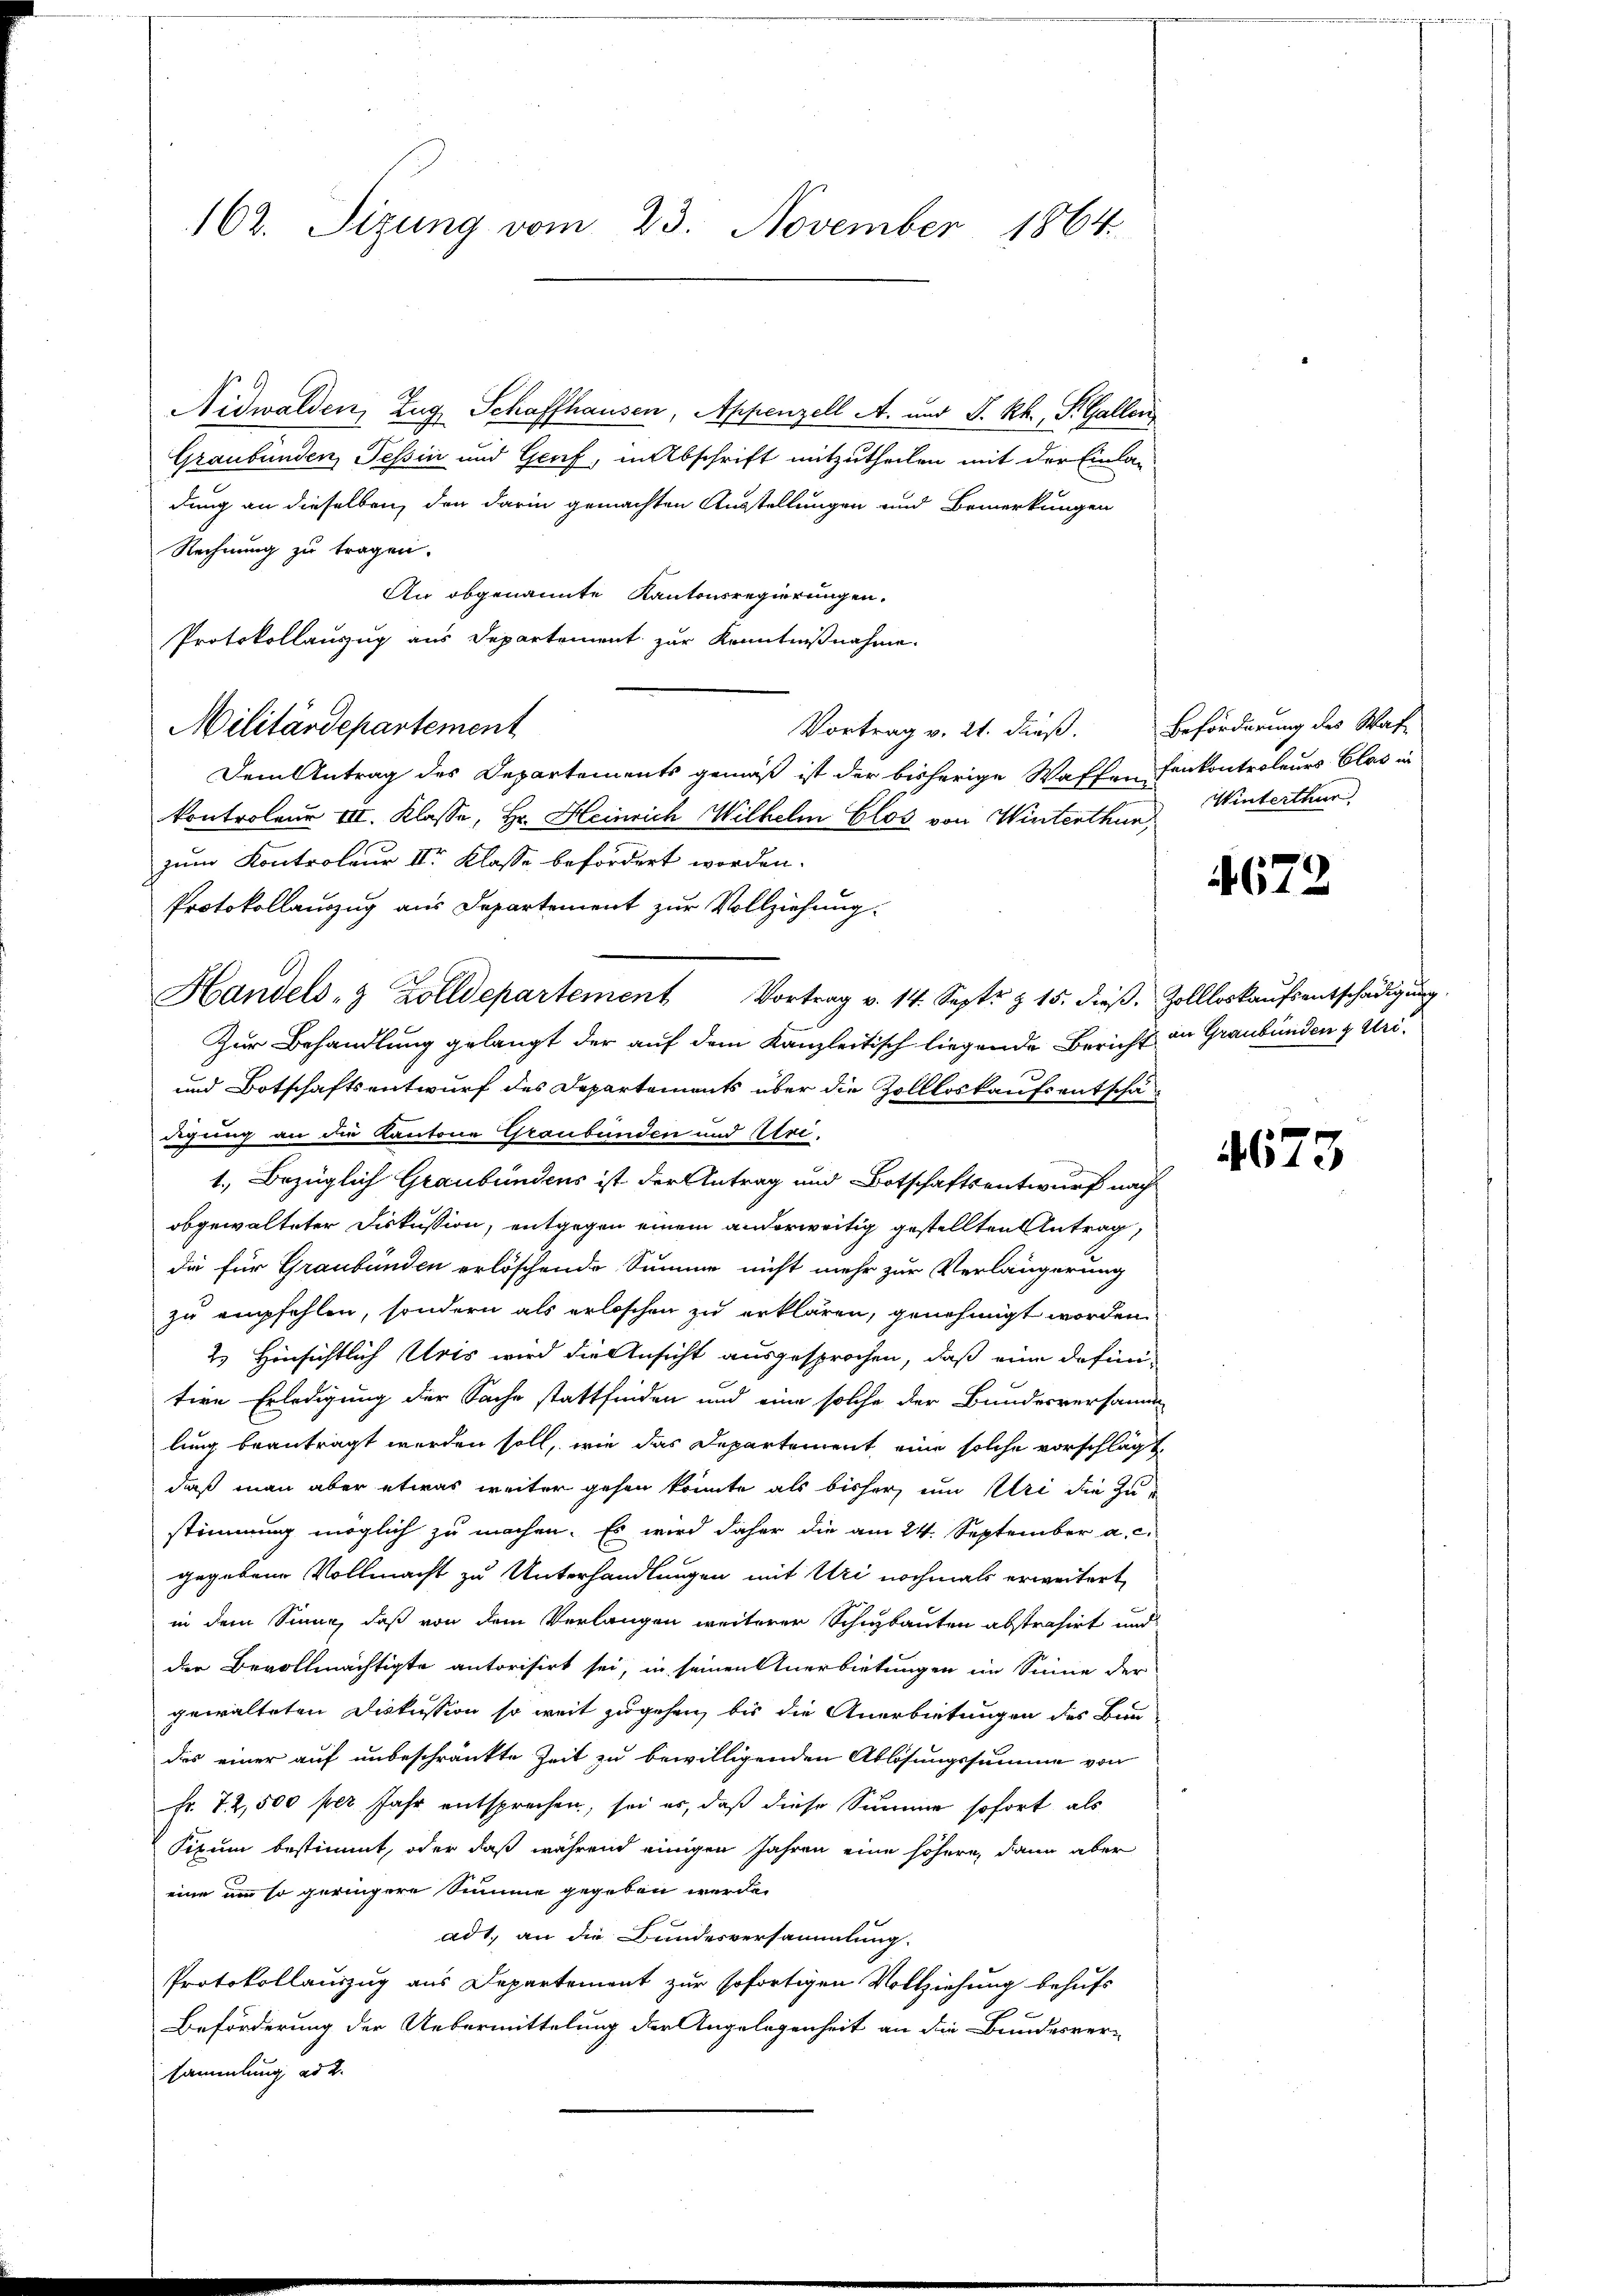
162. Sizung vom 23. November 1864.

Nidwalden, Zug, Schaffhausen, Appenzell A. und S. Rh., S. Gallen
Graubünden, Tessin und Genf, in Abschrift mitzutheilen mit der Einlan
dung an dieselben, den darin gemachten Ausstellungen und Bemerkungen
Rechnung zu tragen.
An obgenannte Kantonsregierungen.
Protokollauszug aus Departement zur Kenntnißnahme.
Militärdepartement
Vortrag v. 21. dieß.
Dem Antrag des Departements gemäß ist der bisherige Waffen Einkontroleurs Glas in
kontroleur III. Klasse, Hr. Heinrich Wilhelm Clos von Winterthur Winterthur
zum Kontroleur II Klasse befördert worden.
Protokollauszug aus Departement zur Vollziehung.
Handels- & Zolldepartement Vortrag v. 14. Sept. & 15. dieβ. Zollloskaŭfsentschädigŭng.
Zur Behandlung gelangt der auf dem Kanzleitisch liegende Bericht in Graubünden & Uri¬
und Botschaftsentwurf des Departements über die Zollloskaufs entschädigung an die Kantone Graubünden und Uri.
1.) Bezüglich Graubündens ist der Antrag und Botschaftsentwurf nach
obgewalteter Diskussion, entgegen einem anderweitig gestellten Antrag,
die für Graubünden erlöschende Summe nicht mehr zur Verlängerung
zu empfehlen, sondern als erloschen zu erklären, genehmigt worden.
2.) Hinsichtlich Uris wird die Ansicht ausgesprochen, daß eine definition Erledigung der Sache stattfinden und eine solche der Bundesversamm
lung beantragt werden soll, wie das Departement, eine solche vorschlägt,
daß man aber etwas weiter gehen könnte als bisher, um Uri die Zustimmung möglich zu machen. Es wird daher die am 24. September a. c.
gegebene Vollmacht zu Unterhandlungen mit Uri nochmals erweitert,
in dem Sinne, daß von dem Verlangen weiterer Schibauten abstrahirt und
der Bevollmächtigte autorisirt sei, in seinen Anerbietungen im Sinne der
gewalteten Diskussion so weit zugehen, bis die Anerbietungen des Bundes einer auf unbeschränkte Zeit zu bewilligenden Ablösungssumme von
Fr. 72,500 per Jahr entsprechen, sei es, daß diese Summe sofort als
Pizum bestimmt, oder daß während einigen Jahren eine höhern, dann aber
eine um so geringere Summe gegeben werde.
ad1. an die Bandesversammlung.
Protokollauszug aus Departement zur sofortigen Vollziehung behufs
Beförderung der Uebermittelung der Angelegenheit an die Bundesver-
sammlung ad 2.

Beförderung des Stat

4672

4673.